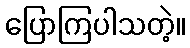
ပြောကြပါသတဲ့။